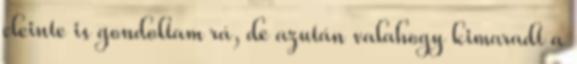
eleinte is gondoltam rá, de azután valahogy kimaradt a